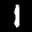
Label: 1